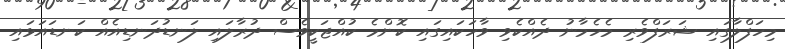
މިހަފްލާގައި ޝަރަފްވެރި މެހެމާނު ދެއްކެވި ވާހަކައިގައި ކޮންމެ ކުއްޖަކީވެސް ދުރާލައި ލަނޑުދަނޑިއެއް ކަނޑައަޅައި